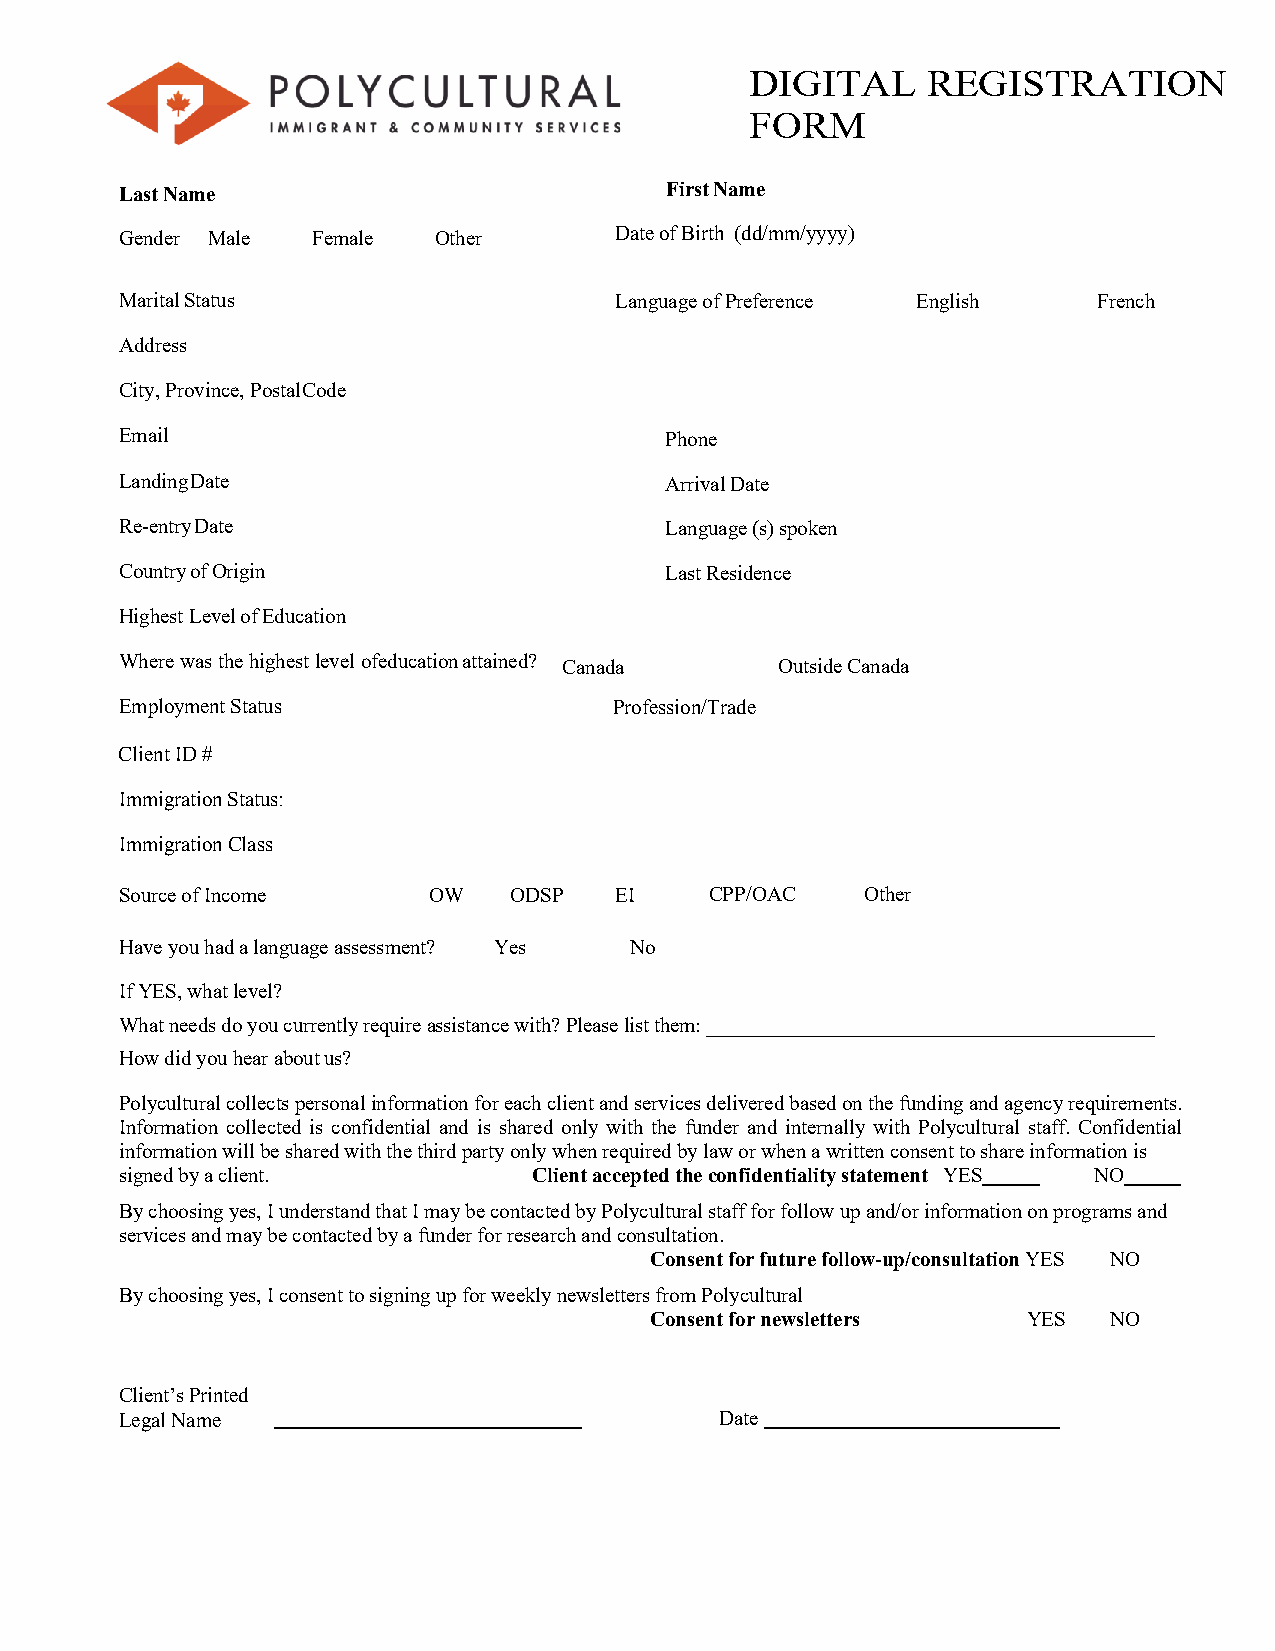
DIGITAL    REGISTRATION
 FORM
 Last Name                           First Name
 Gender Male  Female  Other       Date of Birth (dd/ mm/yyyy)
 Marital Status                   Language of Preference English  French
 Address
 City, Province, Postal Code
 Email                               Phone
 Landing Date                        Arrival Date
 Re-entry Date                       Language (s) spoken
 Country of Origin                   Last Residence
 Highest Level of Education
 Where was the highest level ofe ducation attained? Canada Outside Canada
 Employment Status                Profession/Trade
 Client ID #
 Immigration Status:
 Immigration Class
 Source of Income    OW    ODSP   EI    CPP/OAC   Other
 Have you had a language assessment? Yes No
 If YES, what level?
 What needs do you currently require assistance with? Please list them: ___________________________________________
 How did you hear about us?
 Polycultural collects personal information for each client and services delivered based on the funding and agency requirements.
 Information collected is confidential and is shared only with the funder and internally with Polycultural staff. Confidential
 information will be shared with the third party only when required by law or when a written consent to share information is
 signed by a client.        Client accepted the confidentiality statement YES NO
 By choosing yes, I understand that I may be contacted by Polycultural staff for follow up and/or information on programs and
 services and may be contacted by a funder for research and consultation.
 Consent for future follow-up/consultation YES NO
 By choosing yes, I consent to signing up for weekly newsletters from Polycultural
 Consent for newsletters  YES  NO
 Client’s Printed
 Legal Name                              Date